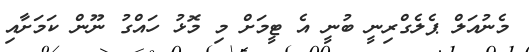
މެނުއަލް ޕެލެގްރިނީ ބުނީ އެ ޓީމަށް މި މޮޅު ހައްގު ނޫން ކަމަށާއި